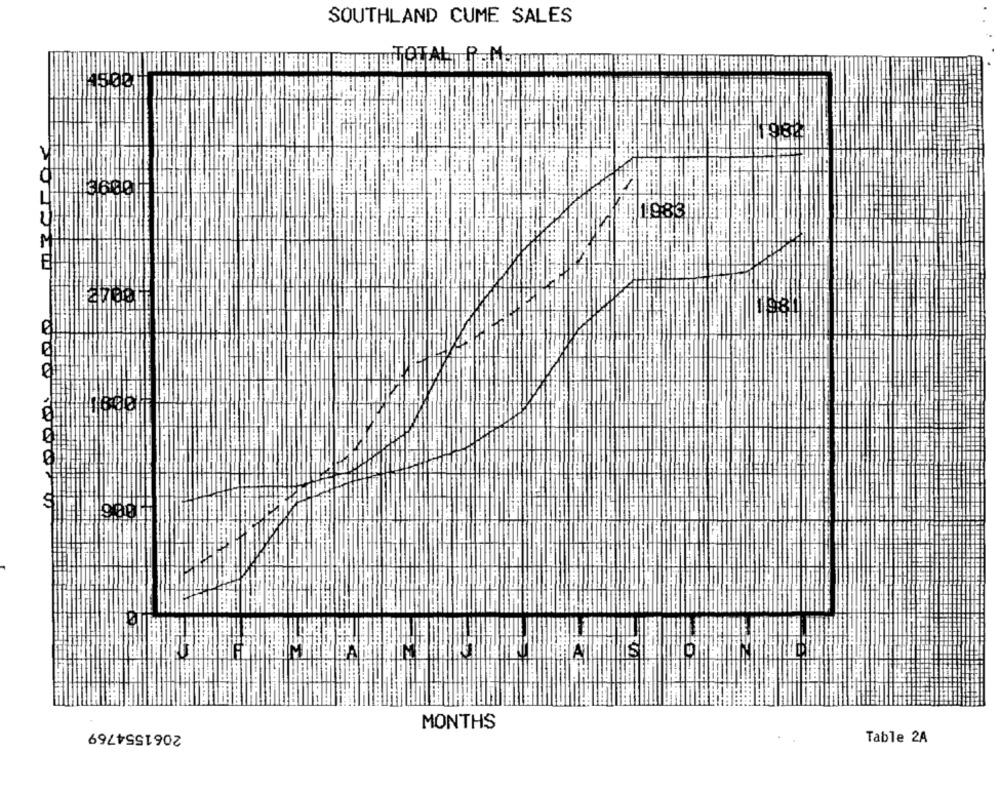
SOUTHLAND CUME SALES
2061554769
MONTHS
Table 2A